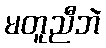
မတူညီဘဲ